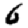
Digit: 6